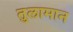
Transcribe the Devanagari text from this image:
तुलामान